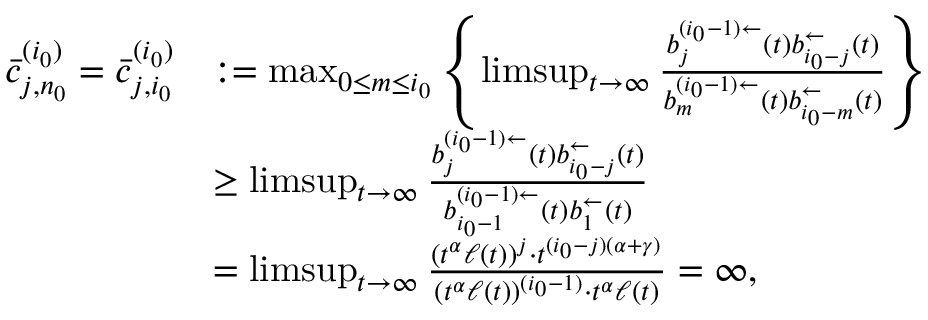
\begin{array} { r l } { \bar { c } _ { j , n _ { 0 } } ^ { ( i _ { 0 } ) } = \bar { c } _ { j , i _ { 0 } } ^ { ( i _ { 0 } ) } } & { : = \operatorname* { m a x } _ { 0 \le m \le i _ { 0 } } \left\{ \operatorname* { l i m s u p } _ { t \to \infty } \frac { b _ { j } ^ { ( i _ { 0 } - 1 ) \leftarrow } ( t ) b _ { i _ { 0 } - j } ^ { \leftarrow } ( t ) } { b _ { m } ^ { ( i _ { 0 } - 1 ) \leftarrow } ( t ) b _ { i _ { 0 } - m } ^ { \leftarrow } ( t ) } \right\} } \\ & { \ge \operatorname* { l i m s u p } _ { t \to \infty } \frac { b _ { j } ^ { ( i _ { 0 } - 1 ) \leftarrow } ( t ) b _ { i _ { 0 } - j } ^ { \leftarrow } ( t ) } { b _ { i _ { 0 } - 1 } ^ { ( i _ { 0 } - 1 ) \leftarrow } ( t ) b _ { 1 } ^ { \leftarrow } ( t ) } } \\ & { = \operatorname* { l i m s u p } _ { t \to \infty } \frac { ( t ^ { \alpha } \ell ( t ) ) ^ { j } \cdot t ^ { ( i _ { 0 } - j ) ( \alpha + \gamma ) } } { ( t ^ { \alpha } \ell ( t ) ) ^ { ( i _ { 0 } - 1 ) } \cdot t ^ { \alpha } \ell ( t ) } = \infty , } \end{array}